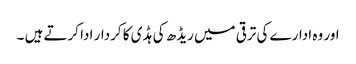
اور وہ ادارے کی ترقی میں ریڈھ کی ہڈی کا کردار ادا کرتے ہیں ۔